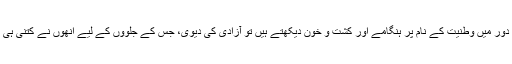
ملّا جو شروع میں اقبال کی طرح وطن کے پجاری تھے جب موجودہ دور میں وطنیت کے نام پر ہنگامے اور کشت و خون دیکھتے ہیں تو آزادی کی دیوی، جس کے جلووں کے لیے انھوں نے کتنی ہی راتیں تارے گن گن کر گزاری تھیں، اپنی معصومیت کھو بیٹھتی ہے۔